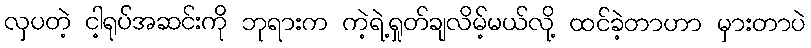
လှပတဲ့ ငါ့ရုပ်အဆင်းကို ဘုရားက ကဲ့ရဲ့ရှုတ်ချလိမ့်မယ်လို့ ထင်ခဲ့တာဟာ မှားတာပဲ